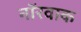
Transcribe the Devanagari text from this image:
नॉरवाक